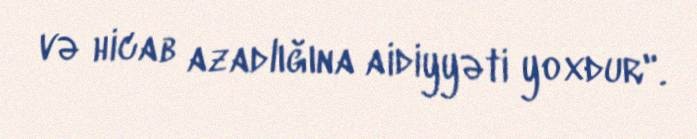
və hicab azadlığına aidiyyəti yoxdur".